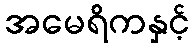
အမေရိကနှင့်